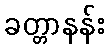
ခတ္တာနန်း